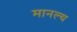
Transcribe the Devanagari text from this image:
मानल्य